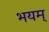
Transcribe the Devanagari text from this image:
भयम्